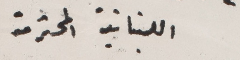
اللبنانية المحترمة